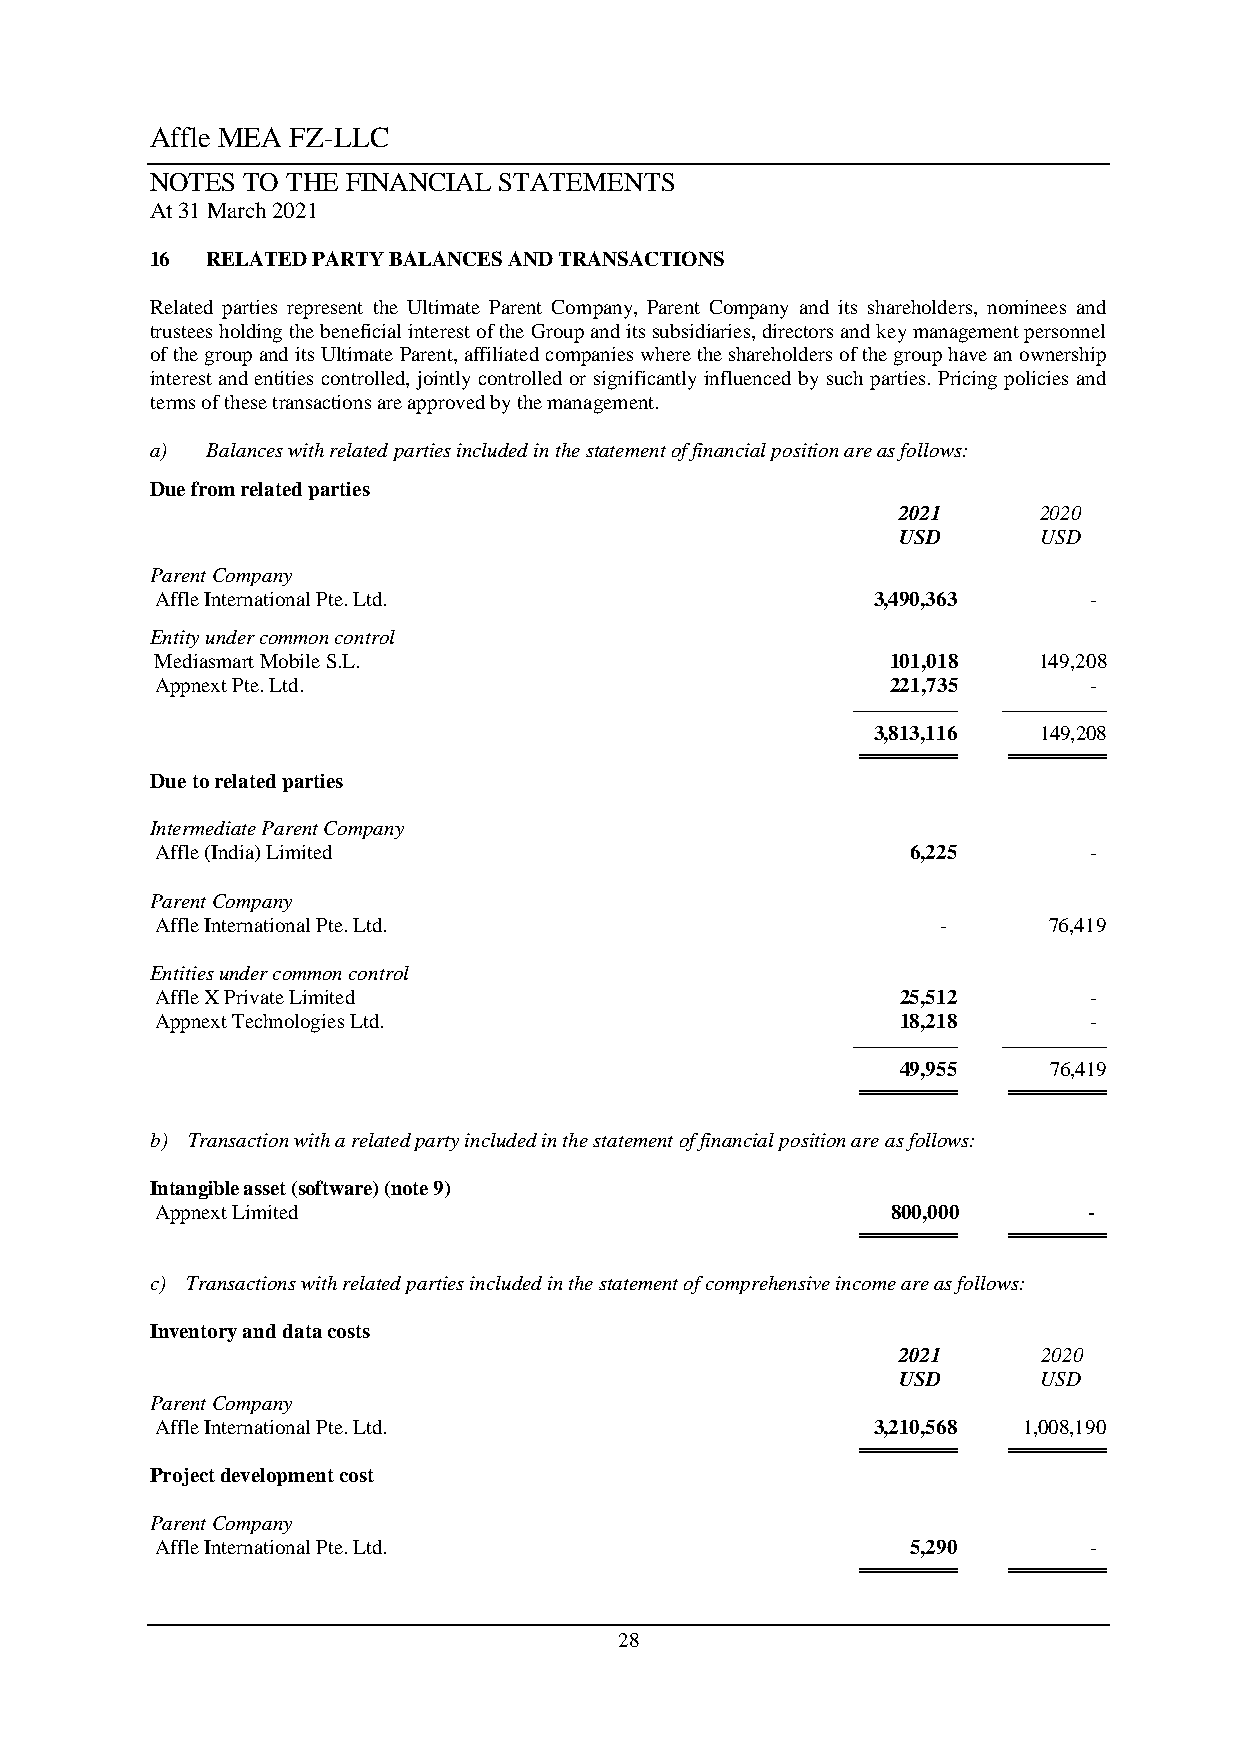
Affle MEA FZ-LLC
 NOTES TO THE FINANCIAL STATEMENTS
 At 31 March 2021
 16  RELATED PARTY BALANCES AND TRANSACTIONS
 Related parties represent the Ultimate Parent Company, Parent Company and its shareholders, nominees and
 trustees holding the beneficial interest of the Group and its subsidiaries, directors and key management personnel
 of the group and its Ultimate Parent, affiliated companies where the shareholders of the group have an ownership
 interest and entities controlled, jointly controlled or significantly influenced by such parties. Pricing policies and
 terms of these transactions are approved by the management.
 a)  Balances with related parties included in the statement of financial position are as follows:
 Due from related parties
 2021      2020
 USD       USD
 Parent Company
 Affle International Pte. Ltd.                   3,490,363     -
 Entity under common control
 Mediasmart Mobile S.L.                           101,018   149,208
 Appnext Pte. Ltd.                                221,735      -
 —————     —————
 3,813,116  149,208
 ════════  ════════
 Due to related parties
 Intermediate Parent Company
 Affle (India) Limited                             6,225       -
 Parent Company
 Affle International Pte. Ltd.                       -      76,419
 Entities under common control
 Affle X Private Limited                           25,512      -
 Appnext Technologies Ltd.                         18,218      -
 —————     —————
 49,955   76,419
 ════════  ════════
 b) Transaction with a related party included in the statement of financial position are as follows:
 Intangible asset (software) (note 9)
 Appnext Limited                                  800,000      -
 ════════  ════════
 c) Transactions with related parties included in the statement of comprehensive income are as follows:
 Inventory and data costs
 2021      2020
 USD       USD
 Parent Company
 Affle International Pte. Ltd.                   3,210,568 1,008,190
 ════════  ════════
 Project development cost
 Parent Company
 Affle International Pte. Ltd.                     5,290       -
 ════════  ════════
 28